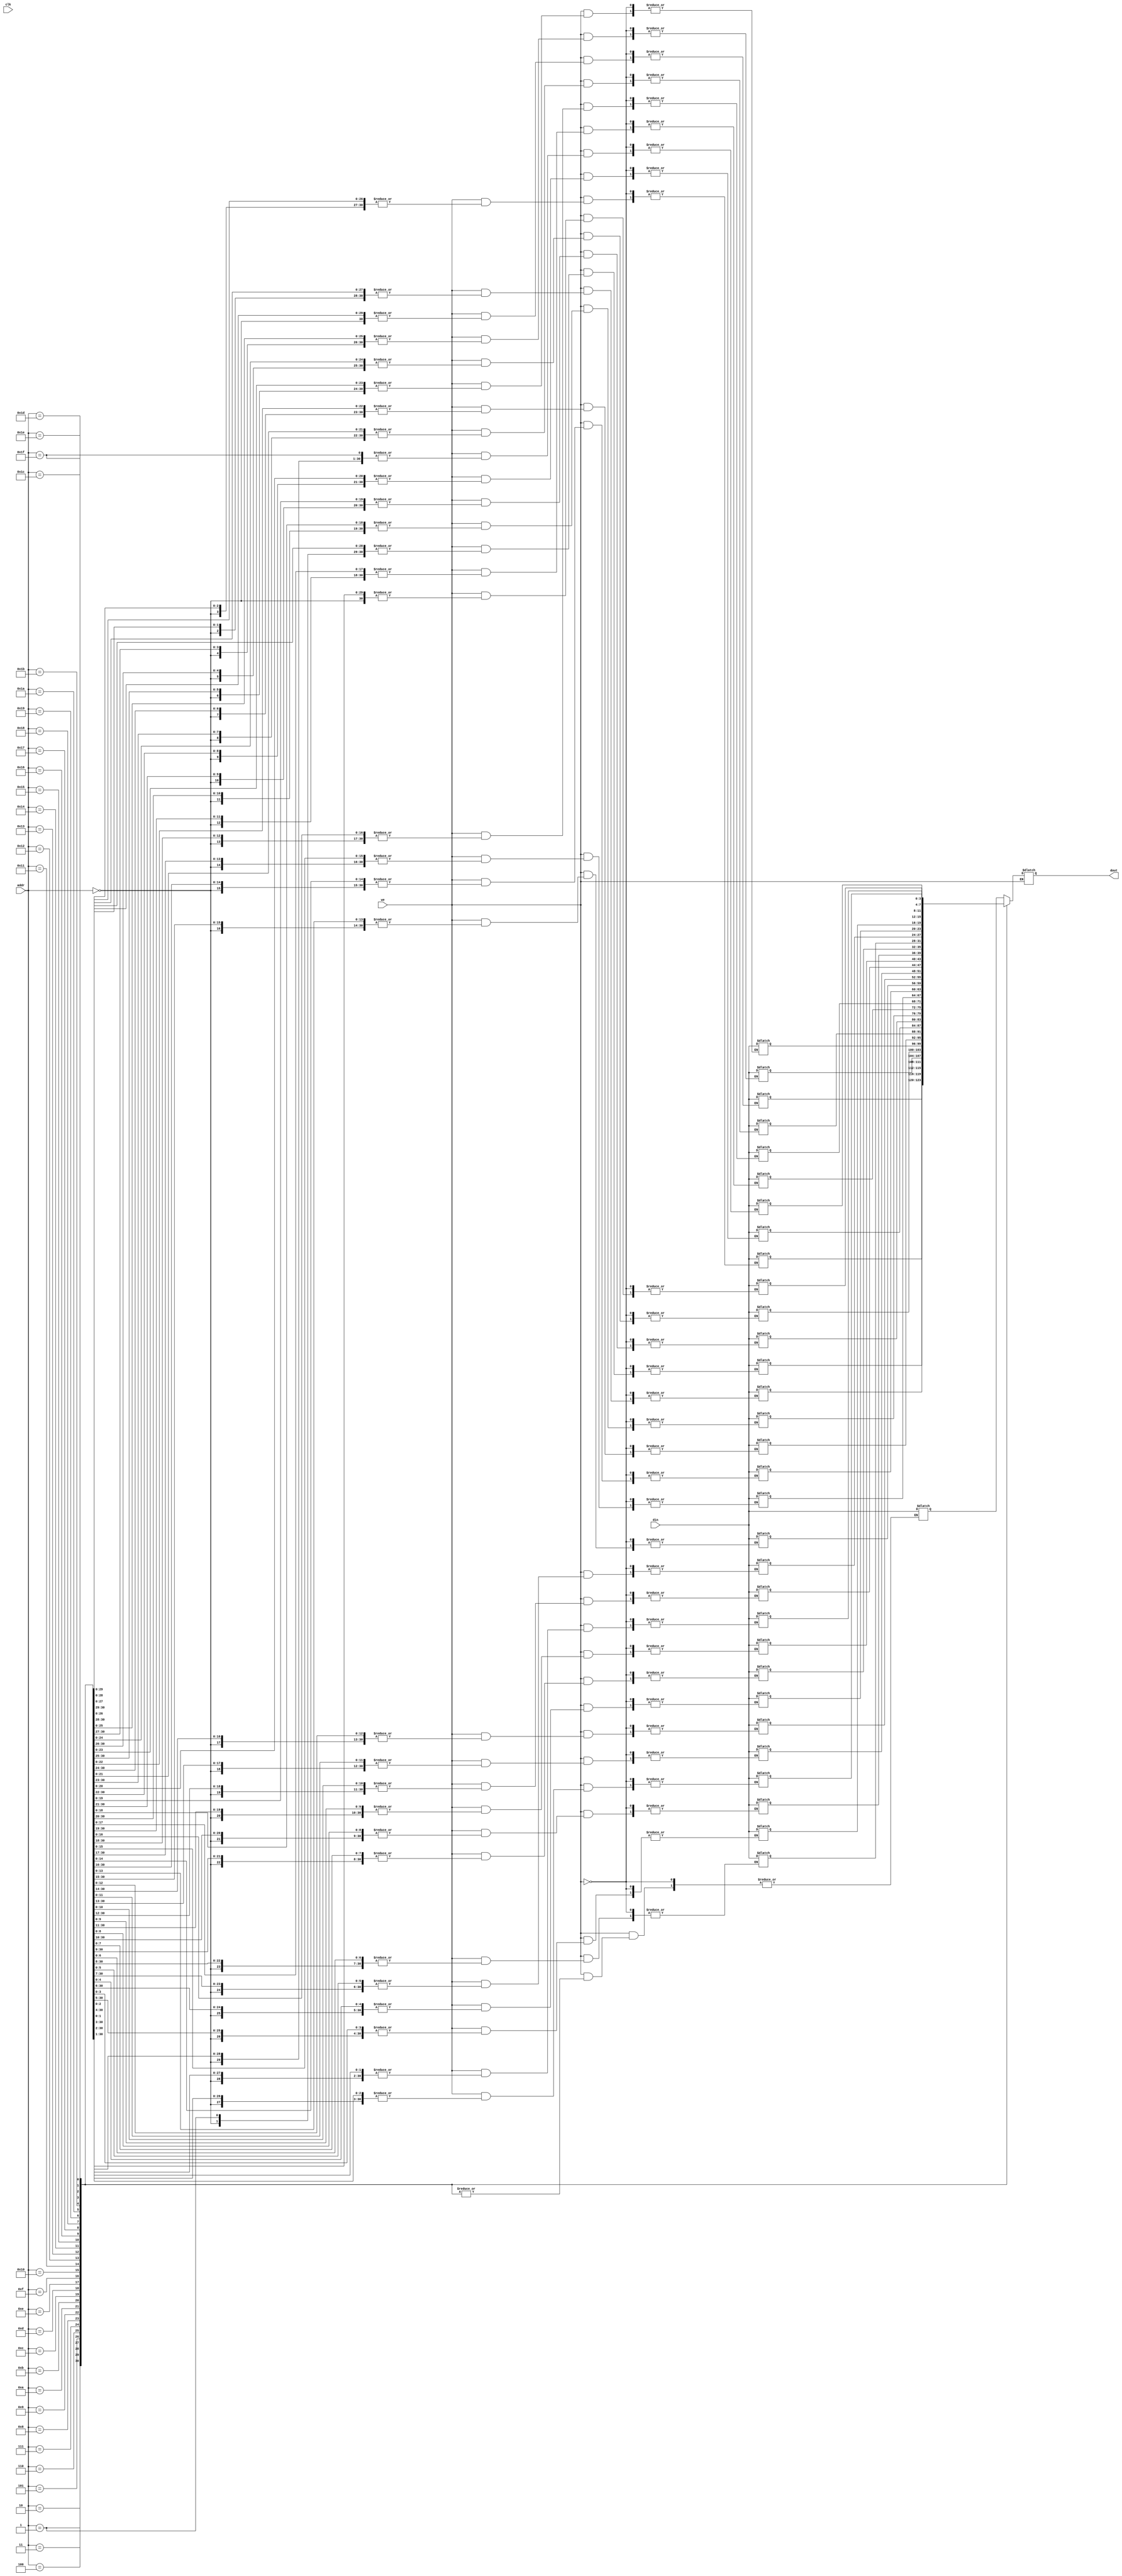
`timescale 1ns / 1ps
//////////////////////////////////////////////////////////////////////////////////
// Company: 
// Engineer: 
// 
// Design Name: 
// Module Name:    sram1 
// Project Name: 
// Target Devices: 
// Tool versions: 
// Description: 
//
// Dependencies: 
//
// Revision: 
// Revision 0.01 - File Created
// Additional Comments: 
//
//////////////////////////////////////////////////////////////////////////////////
module sram1( addr, din, dout,clk, we,);
input clk;

input we;

input [3:0] din;  // input
input [4:0] addr;



output [3:0] dout;    //output 

reg [3:0] ram [31:0];

reg [3:0] dout;

always @(clk)

begin

if (we)

ram[addr] = din;

else

dout = ram[addr];

end


endmodule